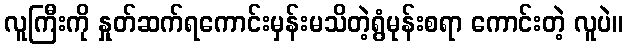
လူကြီးကို နှုတ်ဆက်ရကောင်းမှန်းမသိတဲ့ရွံမုန်းစရာ ကောင်းတဲ့ လူပဲ။